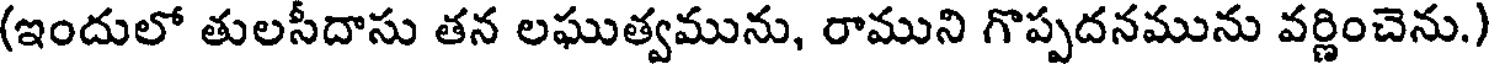
(ఇందులో తులసీదాసు తన లఘుత్వమును, రాముని గొప్పదనమును వర్ణించెను.)